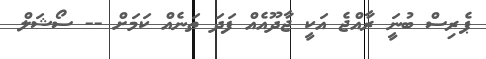
ޕެރިސް ބުނަީ ރާއްޖެ އަކީ ޖާދޫއެއް ފަދަ ތަނެއް ކަމަށް -- ސޯޝަލް